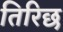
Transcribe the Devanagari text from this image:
तिरिछ